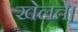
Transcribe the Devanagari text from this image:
खेलते।